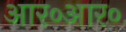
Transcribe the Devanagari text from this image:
आर०आर०